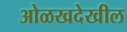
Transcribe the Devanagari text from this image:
ओळखदेखील